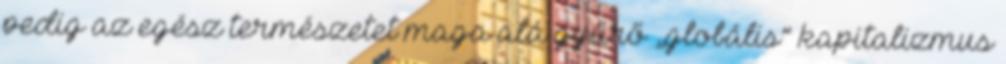
pedig az egész természetet maga alá gyűrő „globális” kapitalizmus